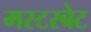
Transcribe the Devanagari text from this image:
मस्टरबेट